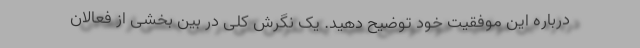
درباره این موفقیت خود توضیح دهید. یک نگرش کلی در بین بخشی از فعالان